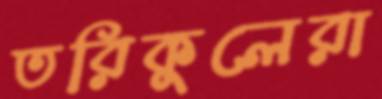
তরিকুলেরা